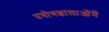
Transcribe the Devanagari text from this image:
प्रयोगशालाओंमें